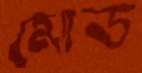
মোড